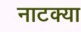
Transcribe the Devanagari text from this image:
नाटक्या